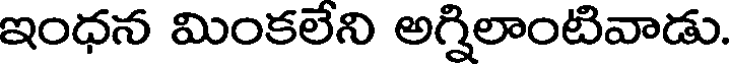
ఇంధన మింకలేని అగ్నిలాంటివాడు.